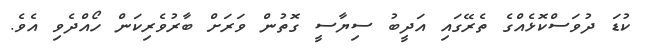
ކުޑަ ދުވަސްކޮޅެއްގެ ތެރޭގައި އަދީބު ސިޔާސީ ގޮތުން ވަރަށް ބާރުވެރިކަން ހޯއްދެވި އެވެ.